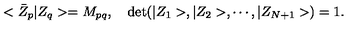
< \bar { Z } _ { p } \vert Z _ { q } > = M _ { p q } , \quad \mathrm { d e t } ( \vert Z _ { 1 } > , \vert Z _ { 2 } > , \cdots , \vert Z _ { N + 1 } > ) = 1 .